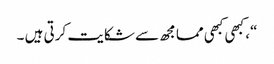
“، کبھی کبھی مما مجھ سے شکایت کرتی ہیں ۔